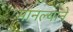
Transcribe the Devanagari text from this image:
मानल्यानें